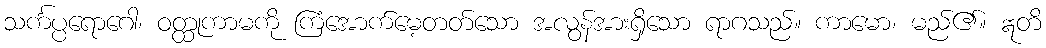
သင်္ကပ္ပရောဂေါ၊ ဝတ္ထုကာမကို ကြံအောက်မေ့တတ်သော အလွန်အားရှိသော ရာဂသည်။ ကာမော၊ မည်၏။ ဣတိ